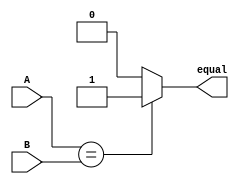
module Equality_comparator (
    input [31:0] A,
    input [31:0] B,
    output reg equal
);

always @ (A, B) begin
    if (A == B) begin
        equal <= 1;
    end else begin
        equal <= 0;
    end
end

endmodule